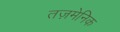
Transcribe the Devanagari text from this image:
तज़मेनिक